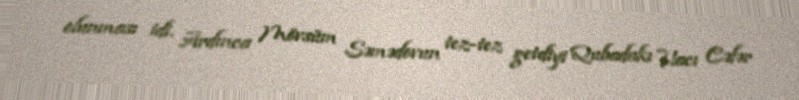
olunması idi. Ardınca Mövsüm Səmədovun tez-tez getdiyi Qubadakı Hacı Cəfər